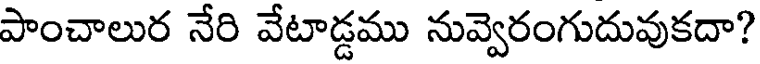
పాంచాలుర నేరి వేటాడ్డము నువ్వెరంగుదువుకదా?